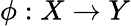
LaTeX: \phi:X\rightarrow Y